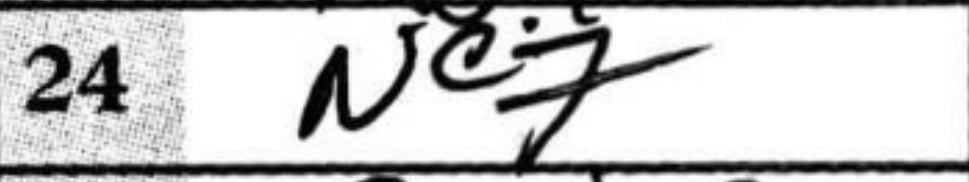
Transcription: Nc7